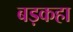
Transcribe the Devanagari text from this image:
बड़कहा